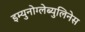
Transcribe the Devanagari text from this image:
इम्युनोग्लेब्युलिनेस